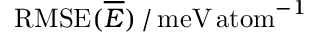
\mathrm { R M S E } ( \overline { { E } } ) \, / \, \mathrm { m e V \, a t o m } ^ { - 1 }